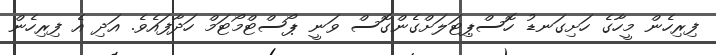
ފިިރިހެން މީހާގެ ހަށިގަނޑު ހޮސްޕިޓަލަށްގެންގޮސް ވަނީ ޕޯސްޓްމޯޓަމް ހަދާފައެވެ. އަދި އެ ފިރިހެން